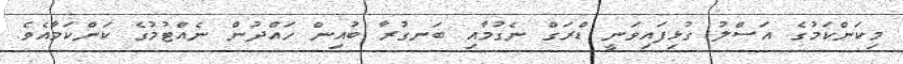
މިކަންކަމުގެ އަސްލު ގުޅިފައިވަނީ ޑްރަގް ނެގުމާއި ބަނގުރާ ބުއިން ހައްދުން ނެއްޓުމުގެ ކަންކަމާއެވެ.